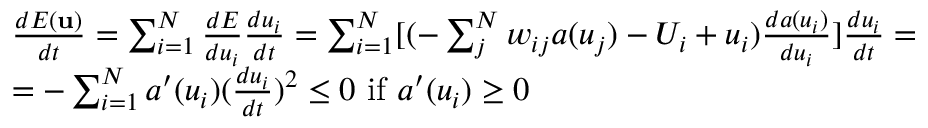
\begin{array} { r l } & { \frac { d E ( \mathbf { u } ) } { d t } = \sum _ { i = 1 } ^ { N } \frac { d E } { d u _ { i } } \frac { d u _ { i } } { d t } = \sum _ { i = 1 } ^ { N } [ ( - \sum _ { j } ^ { N } w _ { i j } a ( u _ { j } ) - U _ { i } + u _ { i } ) \frac { d a ( u _ { i } ) } { d u _ { i } } ] \frac { d u _ { i } } { d t } = } \\ & { = - \sum _ { i = 1 } ^ { N } a ^ { \prime } ( u _ { i } ) ( \frac { d u _ { i } } { d t } ) ^ { 2 } \leq 0 \mathrm { ~ i f ~ } a ^ { \prime } ( u _ { i } ) \geq 0 } \end{array}